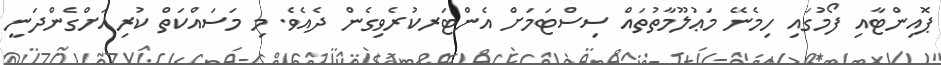
ޕޮއިންޓާއި ފޯމުގައި ހިމެނޭ މަޢުލޫމާތުތައް ސިސްޓަމަށް އެންޓަރކުރެވިގެން ދެއެވެ. މި މަސައްކަތް ކުރިއަށްގެންދަނީ